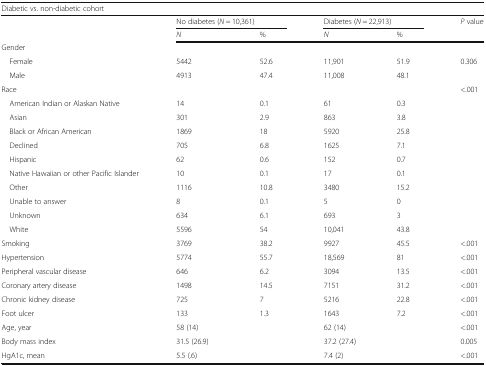
<table><thead><tr><td colspan="6"><b>Diabetic vs. non-diabetic cohort</b></td></tr><tr><td rowspan="2"></td><td colspan="2"><b>No diabetes (<i>N</i> = 10,361)</b></td><td colspan="2"><b>Diabetes (<i>N</i> = 22,913)</b></td><td><b><i>P</i> value</b></td></tr><tr><td><b><i>N</i></b></td><td><b>%</b></td><td><b><i>N</i></b></td><td><b>%</b></td><td></td></tr></thead><tbody><tr><td>Gender</td><td></td><td></td><td></td><td></td><td></td></tr><tr><td> Female</td><td>5442</td><td>52.6</td><td>11,901</td><td>51.9</td><td>0.306</td></tr><tr><td> Male</td><td>4913</td><td>47.4</td><td>11,008</td><td>48.1</td><td></td></tr><tr><td>Race</td><td></td><td></td><td></td><td></td><td>&lt;.001</td></tr><tr><td> American Indian or Alaskan Native</td><td>14</td><td>0.1</td><td>61</td><td>0.3</td><td></td></tr><tr><td> Asian</td><td>301</td><td>2.9</td><td>863</td><td>3.8</td><td></td></tr><tr><td> Black or African American</td><td>1869</td><td>18</td><td>5920</td><td>25.8</td><td></td></tr><tr><td> Declined</td><td>705</td><td>6.8</td><td>1625</td><td>7.1</td><td></td></tr><tr><td> Hispanic</td><td>62</td><td>0.6</td><td>152</td><td>0.7</td><td></td></tr><tr><td> Native Hawaiian or other Pacific Islander</td><td>10</td><td>0.1</td><td>17</td><td>0.1</td><td></td></tr><tr><td> Other</td><td>1116</td><td>10.8</td><td>3480</td><td>15.2</td><td></td></tr><tr><td> Unable to answer</td><td>8</td><td>0.1</td><td>5</td><td>0</td><td></td></tr><tr><td> Unknown</td><td>634</td><td>6.1</td><td>693</td><td>3</td><td></td></tr><tr><td> White</td><td>5596</td><td>54</td><td>10,041</td><td>43.8</td><td></td></tr><tr><td>Smoking</td><td>3769</td><td>38.2</td><td>9927</td><td>45.5</td><td>&lt;.001</td></tr><tr><td>Hypertension</td><td>5774</td><td>55.7</td><td>18,569</td><td>81</td><td>&lt;.001</td></tr><tr><td>Peripheral vascular disease</td><td>646</td><td>6.2</td><td>3094</td><td>13.5</td><td>&lt;.001</td></tr><tr><td>Coronary artery disease</td><td>1498</td><td>14.5</td><td>7151</td><td>31.2</td><td>&lt;.001</td></tr><tr><td>Chronic kidney disease</td><td>725</td><td>7</td><td>5216</td><td>22.8</td><td>&lt;.001</td></tr><tr><td>Foot ulcer</td><td>133</td><td>1.3</td><td>1643</td><td>7.2</td><td>&lt;.001</td></tr><tr><td>Age, year</td><td>58 (14)</td><td></td><td>62 (14)</td><td></td><td>&lt;.001</td></tr><tr><td>Body mass index</td><td>31.5 (26.9)</td><td></td><td colspan="2">37.2 (27.4)</td><td>0.005</td></tr><tr><td>HgA1c, mean</td><td>5.5 (.6)</td><td></td><td>7.4 (2)</td><td></td><td>&lt;.001</td></tr></tbody></table>